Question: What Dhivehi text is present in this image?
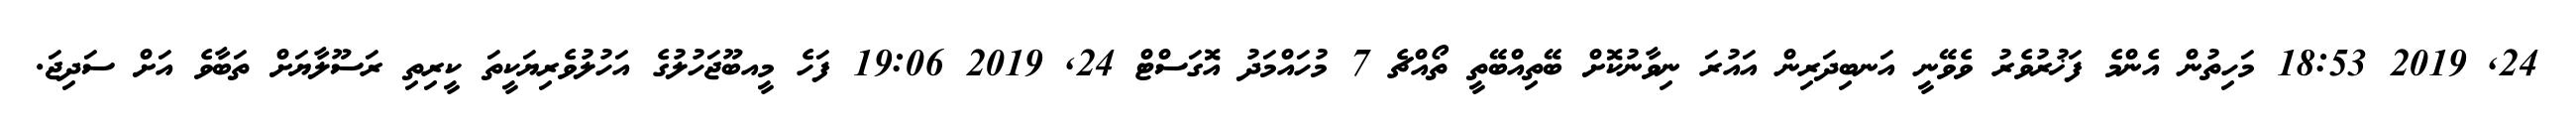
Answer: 24, 2019 18:53 މަހިތުން އެންމެ ފަޚުރުވެރު ވެވޭނީ އަނބިދަރިން އައުރަ ނިވާނުކޮށް ބޭތިއްބޭތީ ތޯއްޗެ 7 މުހައްމަދު އޮގަސްޓް 24, 2019 19:06 ފަހެ މީއބޫޖަހުލުގެ އަހުލުވެރިޔަކީތަ ކީރިތި ރަސޫލާޔަށް ތަބާވެ އަށް ސަދިޖަ.